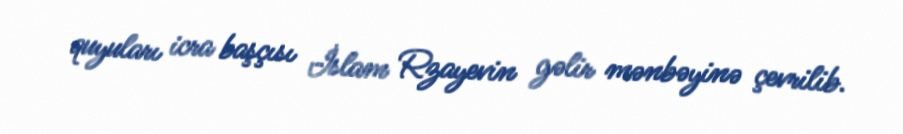
quyuları icra başçısı İslam Rzayevin gəlir mənbəyinə çevrilib.